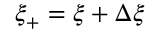
\xi _ { + } = \xi + \Delta \xi